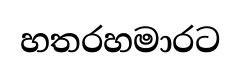
හතරහමාරට